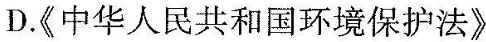
D.《中华人民共和国环境保护法》